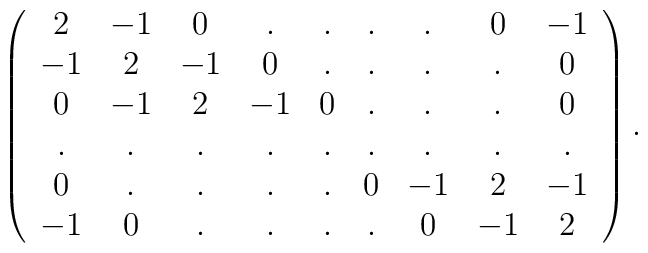
\left(\begin{array}{ccccccccc}2  & -1 &  0 & . & . & . & . & 0  & -1 \\-1 &  2 & -1 & 0 & . & . & . & .  & 0 \\0  & -1 &  2 &-1 & 0 & . & . & .  & 0 \\.  &  . &  . & . & . & . & . & .  & . \\0  &  . &  . & . & . & 0 & -1& 2  & -1 \\-1 &  0 &  . & . & . & . & 0 & -1 & 2  \end{array}\right).